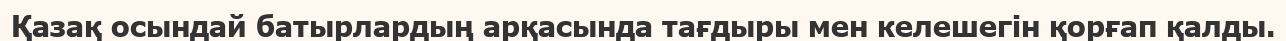
Қазақ осындай батырлардың арқасында тағдыры мен келешегін қорғап қалды.